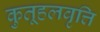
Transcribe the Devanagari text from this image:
कुतूहलवृत्ति